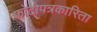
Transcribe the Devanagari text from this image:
फोटोपत्रकारिता